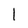
Character: 1